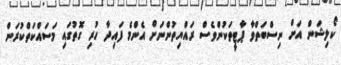
ކޯލިޝަން އަށް ނިސްބަތްވާ ޕާޓީތަކުންވެސް ރައްޔިތުންނަށް އެންމެ ފައިދާ ހުރި ގޮތުގައި މަސައްކަތްކުރަން